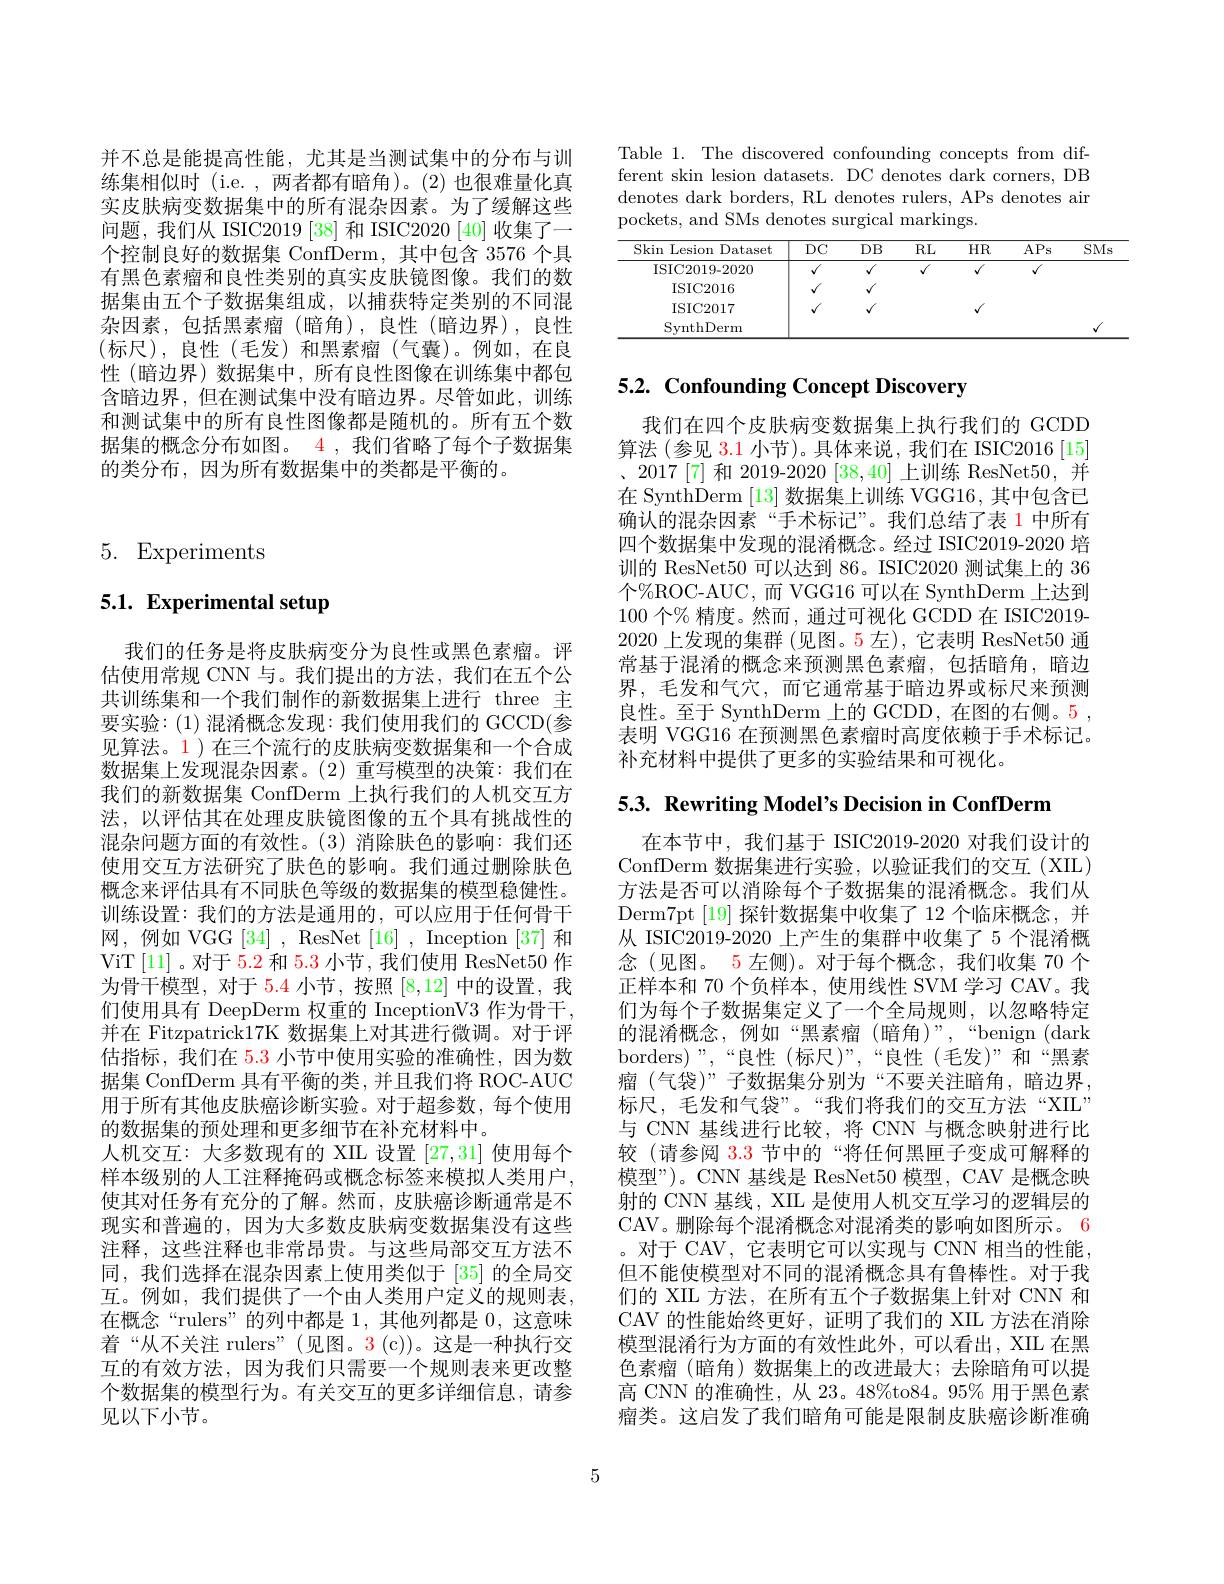
并不总是能提高性能，尤其是当测试集中的分布与训练集相似时(i.e.,两者都有暗角)。(2)也很难量化真实皮肤病变数据集中的所有混杂因素。为了缓解这些问题，我们从 ISIC2019 [38] 和 ISIC2020 [40] 收集了一个控制良好的数据集 ConfDerm,其中包含 3576 个具有黑色素瘤和良性类别的真实皮肤镜图像。我们的数据集由五个子数据集组成，以捕获特定类别的不同混杂因素，包括黑素瘤(暗角),良性(暗边界),良性(标尺),良性(毛发)和黑素瘤(气囊)。例如，在良性 (暗边界) 数据集中，所有良性图像在训练集中都包含暗边界，但在测试集中没有暗边界。尽管如此，训练和测试集中的所有良性图像都是随机的。所有五个数据集的概念分布如图。$\color{red}{4,\text{我们省略了每个子数据集}}$ 的类分布，因为所有数据集中的类都是平衡的。

5. Experiments

# 5.1. Experimental setup

我们的任务是将皮肤病变分为良性或黑色素瘤。评估使用常规 CNN 与。我们提出的方法，我们在五个公共训练集和一个我们制作的新数据集上进行 three 主要实验：(1)混淆概念发现：我们使用我们的 GCCD(参见算法。1)在三个流行的皮肤病变数据集和一个合成数据集上发现混杂因素。(2)重写模型的决策：我们在我们的新数据集 ConfDerm 上执行我们的人机交互方法，以评估其在处理皮肤镜图像的五个具有挑战性的混杂问题方面的有效性。(3)消除肤色的影响：我们还使用交互方法研究了肤色的影响。我们通过删除肤色概念来评估具有不同肤色等级的数据集的模型稳健性。训练设置：我们的方法是通用的，可以应用于任何骨干网，例如 VGG [34] , ResNet [16] , Inception [37] 和ViT[11]。对于 5.2 和 5.3 小节，我们使用 ResNet50 作为骨干模型，对于 5.4 小节，按照[8,12]中的设置，我们使用具有 DeepDerm 权重的 InceptionV3 作为骨干， 并在 Fitzpatrick17K 数据集上对其进行微调。对于评估指标，我们在 5.3 小节中使用实验的准确性，因为数据集 ConfDerm 具有平衡的类，并且我们将 ROC-AUC 用于所有其他皮肤癌诊断实验。对于超参数，每个使用的数据集的预处理和更多细节在补充材料中。
人机交互：大多数现有的 XIIL 设置[27,31]使用每个样本级别的人工注释掩码或概念标签来模拟人类用户， 使其对任务有充分的了解。然而，皮肤癌诊断通常是不现实和普遍的，因为大多数皮肤病变数据集没有这些注释，这些注释也非常昂贵。与这些局部交互方法不同，我们选择在混杂因素上使用类似于[35]的全局交互。例如，我们提供了一个由人类用户定义的规则表， 在概念“rulers”的列中都是 1,其他列都是0，这意味着 “ 从 不 关 注 rulers” ( 见 图 。3( c) ) 。这 是 一 种 执 行 交 互的有效方法，因为我们只需要一个规则表来更改整个数据集的模型行为。有关交互的更多详细信息，请参见以下小节。

Table 1. The discovered confounding concepts from different skin lesion datasets. DC denotes dark corners, DB denotes dark borders, RL denotes rulers, APs denotes air pockets, and SMs denotes surgical markings.

<table>
	<tbody>
		<tr>
			<th>Skin Lesion Dataset</th>
			<th>$DC$</th>
			<th>$DB$</th>
			<th>$RL$</th>
			<th>$HR$</th>
			<th>APs</th>
			<th>SMs</th>
		</tr>
		<tr>
			<td>ISIC2019-2020</td>
			<td>$√$</td>
			<td>$√$</td>
			<td>$√$</td>
			<td>$√$</td>
			<td>$√$</td>
			<td> </td>
		</tr>
		<tr>
			<td>ISIC2016</td>
			<td>$√$</td>
			<td>$√$</td>
			<td> </td>
			<td> </td>
			<td> </td>
			<td> </td>
		</tr>
		<tr>
			<td>ISIC2017</td>
			<td>$√$</td>
			<td>$√$</td>
			<td> </td>
			<td>$√$</td>
			<td> </td>
			<td> </td>
		</tr>
		<tr>
			<td>SynthDerm</td>
			<td> </td>
			<td> </td>
			<td> </td>
			<td> </td>
			<td> </td>
			<td>$√$</td>
		</tr>
	</tbody>
</table>

# 5.2. Confounding Concept Discovery

我们在四个皮肤病变数据集上执行我们的 GCDD 算法(参见 3.1 小节)。具体来说，我们在 ISIC2016[15] 、2017[7] 和 2019-2020 [38,40] 上训练 ResNet50,并在 SynthDerm [13]数据集上训练 VGG16, 其中包含已确认的混杂因素“手术标记”。我们总结了表 1 中所有四个数据集中发现的混淆概念。经过 ISIC2019-2020 培训的 ResNet50 可以达到 86。ISIC2020 测试集上的 36个%ROC-AUC,而 VGG16 可以在 SynthDerm 上达到100个% 精度。然而，通过可视化 GCDD 在 ISIC2019- 2020 上发现的集群 (见图。5 左),它表明 ResNet50 通常基于混淆的概念来预测黑色素瘤，包括暗角，暗边界，毛发和气穴，而它通常基于暗边界或标尺来预测良性。至于 SynthDerm 上的 GCDD, 在图的右侧。5 , 表明 VGG16 在预测黑色素瘤时高度依赖于手术标记。补充材料中提供了更多的实验结果和可视化。

5.3. Rewriting Model's Decision in ConfDerm

在本节中，我们基于 ISIC2019-2020 对我们设计的ConfDerm 数据集进行实验，以验证我们的交互(XIL) 方法是否可以消除每个子数据集的混淆概念。我们从Derm7pt [19] 探针数据集中收集了 12 个临床概念，并从 ISIC2019-2020 上产生的集群中收集了 5 个混淆概念(见图。5 左侧)。对于每个概念，我们收集 70 个正样本和 70 个负样本，使用线性 SVM 学习 CAV。我们为每个子数据集定义了一个全局规则，以忽略特定的混淆概念，例如“黑素瘤(暗角)”,“benign (dark borders)",“良性(标尺)”,“良性(毛发)”和“黑素瘤(气袋)”子数据集分别为“不要关注暗角，暗边界， 标尺，毛发和气袋”。“我们将我们的交互方法“XIL” 与 CNN 基线进行比较，将 CNN 与概念映射进行比较 (请参阅$\color{red}3.3$节中的“将任何黑匣子变成可解释的模型”)。CNN 基线是 ResNet50 模型，CAV 是概念映射的 CNN 基线，XIL 是使用人机交互学习的逻辑层的CAV。删除每个混淆概念对混淆类的影响如图所示。6 。对于 CAV, 它表明它可以实现与 CNN 相当的性能， 但不能使模型对不同的混淆概念具有鲁棒性。对于我们的 XIIL 方法，在所有五个子数据集上针对 CNN 和CAV 的性能始终更好，证明了我们的 XIL 方法在消除模型混淆行为方面的有效性此外，可以看出，XIL 在黑色素瘤(暗角)数据集上的改进最大；去除暗角可以提高 CNN 的准确性，从 23。48%to84。95% 用于黑色素瘤类。这启发了我们暗角可能是限制皮肤癌诊断准确

5